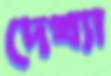
দেখ্যা